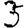
Digit: 3